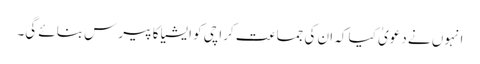
انہوں نے دعویٰ کیا کہ ان کی جماعت کراچی کو ایشیا کا پیرس بنائے گی۔